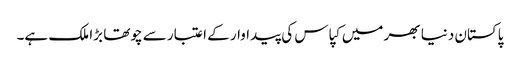
پاکستان دنیا بھر میں کپاس کی پیداوار کے اعتبار سے چوتھا بڑا ملک ہے۔